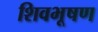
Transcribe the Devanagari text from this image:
शिवभूषण